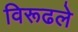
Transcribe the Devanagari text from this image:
विरूढले